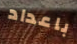
باعداد